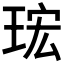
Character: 𤥠